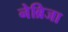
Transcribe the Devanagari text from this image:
नेब्रिजा